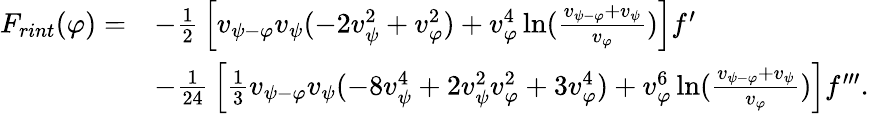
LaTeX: \begin{array}{rl}{F_{rint}(\varphi)=}&{-{\frac{1}{2}}\left[v_{{{\psi}}-\varphi}v_{{\psi}}(-2v_{{\psi}}^{2}+v_{\varphi}^{2})+v_{\varphi}^{4}\ln({\frac{v_{{{\psi}}-\varphi}+v_{{\psi}}}{v_{\varphi}}})\right]f^{\prime}}\\ &{-{\frac{1}{24}}\left[{\frac{1}{3}}v_{{{\psi}}-\varphi}v_{{\psi}}(-8v_{{\psi}}^{4}+2v_{{\psi}}^{2}v_{\varphi}^{2}+3v_{\varphi}^{4})+v_{\varphi}^{6}\ln({\frac{v_{{{\psi}}-\varphi}+v_{{\psi}}}{v_{\varphi}}})\right]f^{\prime\prime\prime}.}\end{array}